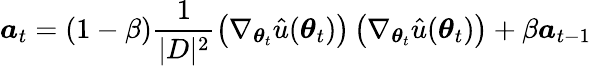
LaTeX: \boldsymbol{a}_{t}=(1-\beta)\frac{1}{|D|^{2}}\left(\nabla_{\boldsymbol{\theta}_{t}}\hat{u}(\boldsymbol{\theta}_{t})\right)\left(\nabla_{\boldsymbol{\theta}_{t}}\hat{u}(\boldsymbol{\theta}_{t})\right)+\beta\boldsymbol{a}_{t-1}